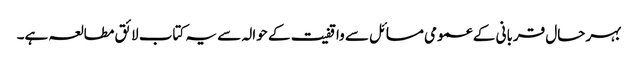
بہر حال قربانی کے عمومی مسائل سے واقفیت کے حوالہ سے یہ کتاب لائق مطالعہ ہے۔